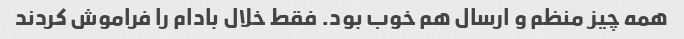
همه چیز منظم و ارسال هم خوب بود. فقط خلال بادام را فراموش کردند